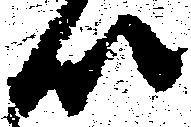
以